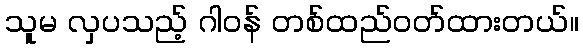
သူမ လှပသည့် ဂါဝန် တစ်ထည်ဝတ်ထားတယ်။